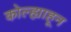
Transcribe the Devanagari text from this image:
कोल्ह्याहून